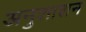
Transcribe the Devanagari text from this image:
अनुशाशन